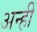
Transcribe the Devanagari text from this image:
अन्हीं